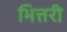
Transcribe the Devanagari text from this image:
भित्तरी